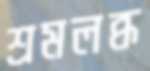
শ্রমলব্ধ